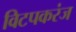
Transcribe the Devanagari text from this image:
विटपकरंज